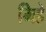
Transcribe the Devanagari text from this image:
मिहे